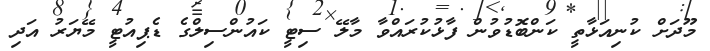
މޫދަށް ކުނިއަޅާތީ ކަންބޮޑުވުން ފާޅުކުރައްވާ މާލޭ ސިޓީ ކައުންސިލްގެ ޑެޕިއުޓީ މޭޔަރު އަދި